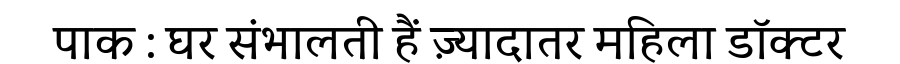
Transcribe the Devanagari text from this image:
पाक : घर संभालती हैं ज़्यादातर महिला डॉक्टर